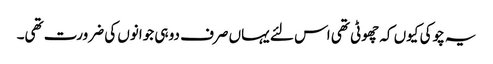
یہ چوکی کیوں کہ چھوٹی تھی اس لئے یہاں صرف دو ہی جوانوں کی ضرورت تھی۔